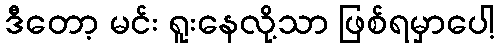
ဒီတော့ မင်း ရူးနေလို့သာ ဖြစ်ရမှာပေါ့